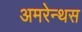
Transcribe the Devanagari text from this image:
अमरेन्थस